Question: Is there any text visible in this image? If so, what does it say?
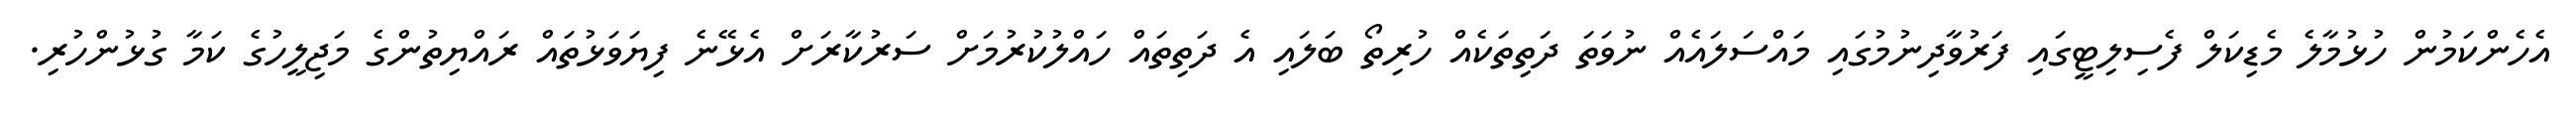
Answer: އެހެންކަމުން ހުޅުމާލެ މެޑިކަލް ފެސިލިޓީގައި ފަރުވާދިނުމުގައި މައްސަލައެއް ނުވަތަ ދަތިތަކެއް ހުރިތޯ ބަލައި އެ ދަތިތައް ހައްލުކުރުމަށް ސަރުކާރަށް އެޅޭނެ ފިޔަވަޅުތައް ރައްޔިތުންގެ މަޖިލީހުގެ ކަމާ ގުޅުންހުރި.